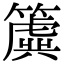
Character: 簴